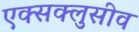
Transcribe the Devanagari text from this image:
एक्सक्लुसीव